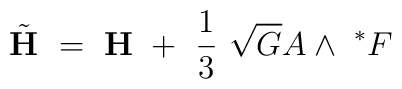
{\tilde{\bf H}} ~=~{\bf H}~+~\frac13~\sqrt{G} A \wedge~ ^*F~